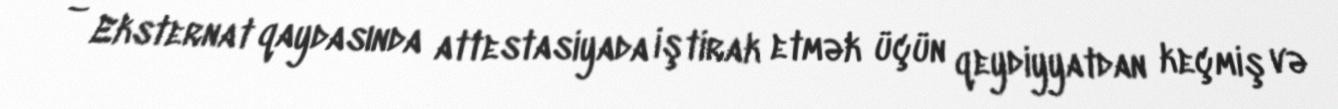
– Eksternat qaydasında attestasiyada iştirak etmək üçün qeydiyyatdan keçmiş və